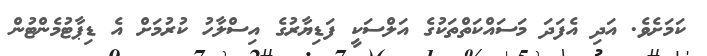
ކަމަށެވެ. އަދި އެފަދަ މަސައްކަތްތަކުގެ އަލްސަކީ ފަޑިޔާރުގެ އިސްލާހު ކުރުމަށް އެ ޑިޕާޓުމެންޓުން